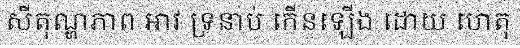
សីតុណ្ហភាព អាវ ទ្រនាប់ កើនឡើង ដោយ ហេតុ